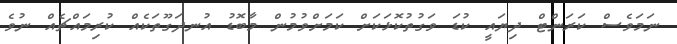
ނަމަވެސް ކަރަންޓް ދިޔައީ ކުޑަ ވަގުތުކޮޅަކަށް ކަމަށްވުމުން މާބޮޑު އުނދަގޫތަކެއް ކުރިމައްޗެއް ނުވެ